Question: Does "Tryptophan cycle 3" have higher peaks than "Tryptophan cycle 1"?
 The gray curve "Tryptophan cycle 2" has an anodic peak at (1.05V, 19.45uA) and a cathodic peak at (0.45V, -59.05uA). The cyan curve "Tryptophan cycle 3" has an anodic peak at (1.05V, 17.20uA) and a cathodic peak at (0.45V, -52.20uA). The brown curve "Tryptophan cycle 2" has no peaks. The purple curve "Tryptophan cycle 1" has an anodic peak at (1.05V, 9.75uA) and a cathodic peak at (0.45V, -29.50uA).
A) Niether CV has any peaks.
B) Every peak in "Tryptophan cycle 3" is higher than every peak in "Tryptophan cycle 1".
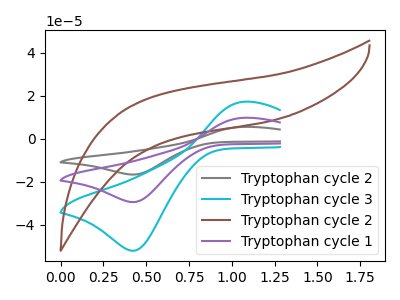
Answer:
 <answer>B) Every peak in "Tryptophan cycle 3" is higher than every peak in "Tryptophan cycle 1".</answer>
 <eval>B</eval>